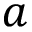
a